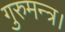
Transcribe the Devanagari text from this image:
गुरुमन्त्र।